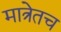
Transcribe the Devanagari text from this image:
मात्रेतच